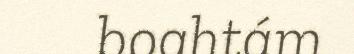
boahtám